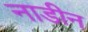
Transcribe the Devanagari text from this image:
नाडीन